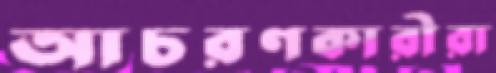
আচরণকারীরা